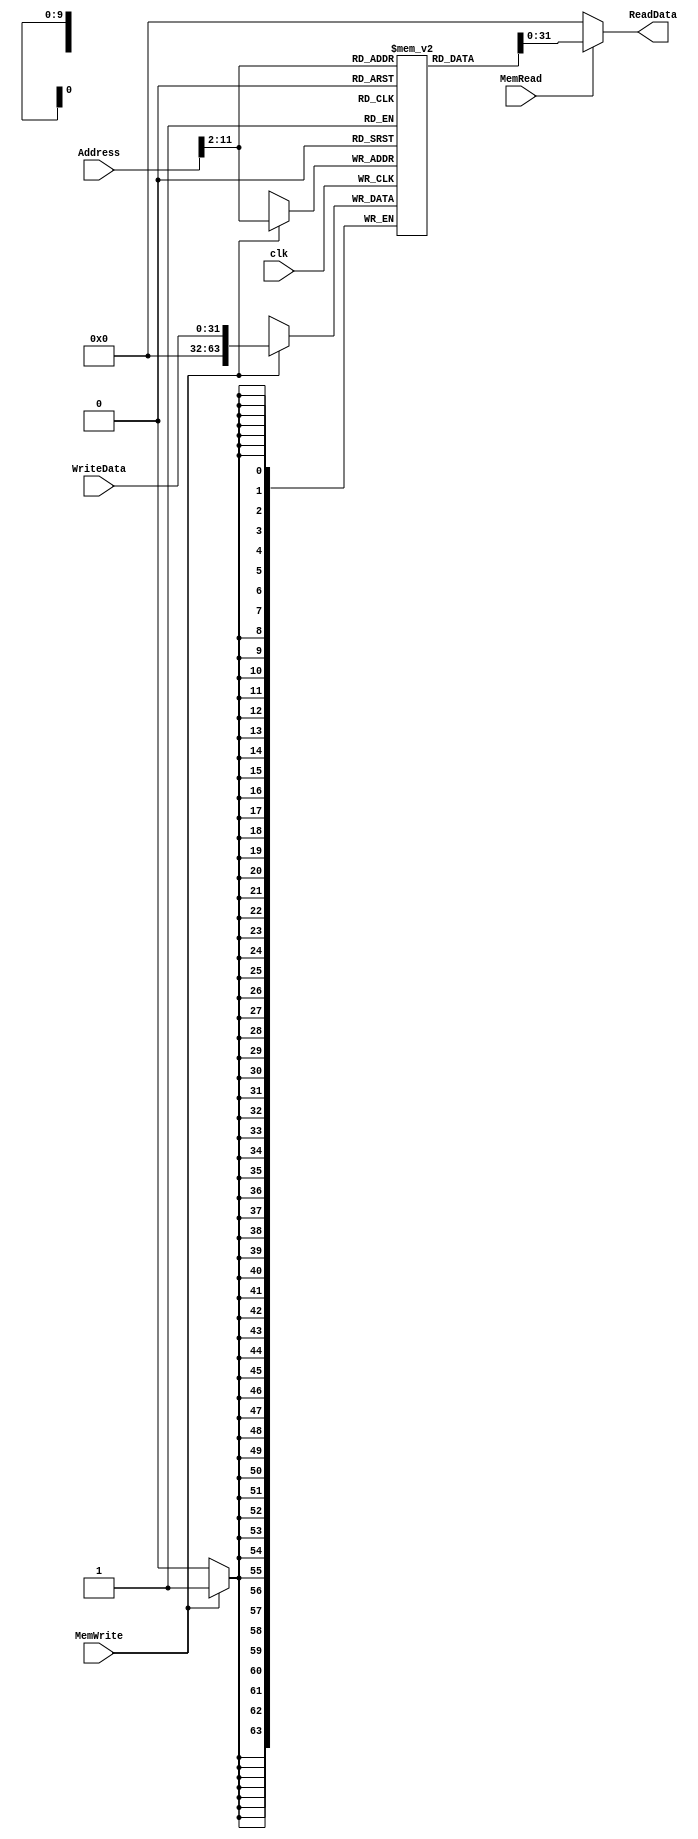
`timescale 1ns / 1ps

////////////////////////////////////////////////////////////////////////////////
// ECE369 - Computer Architecture
// 
// Module - data_memory.v
// Description - 32-Bit wide data memory.
//
// INPUTS:-
// Address: 32-Bit address input port.
// WriteData: 32-Bit input port.
// Clk: 1-Bit Input clock signal.
// MemWrite: 1-Bit control signal for memory write.
// MemRead: 1-Bit control signal for memory read.
//
// OUTPUTS:-
// ReadData: 32-Bit registered output port.
//
// FUNCTIONALITY:-
// Design the above memory similar to the 'RegisterFile' model in the previous 
// assignment.  Create a 1K memory, for which we need 10 bits.  In order to 
// implement byte addressing, we will use bits Address[11:2] to index the 
// memory location. The 'WriteData' value is written into the address 
// corresponding to Address[11:2] in the positive clock edge if 'MemWrite' 
// signal is 1. 'ReadData' is the value of memory location Address[11:2] if 
// 'MemRead' is 1, otherwise, it is 0x00000000. The reading of memory is not 
// clocked.
//
// you need to declare a 2d array. in this case we need an array of 1024 (1K)  
// 32-bit elements for the memory.   
// for example,  to declare an array of 256 32-bit elements, declaration is: reg[31:0] memory[0:255]
// if i continue with the same declaration, we need 8 bits to index to one of 256 elements. 
// however , address port for the data memory is 32 bits. from those 32 bits, least significant 2 
// bits help us index to one of the 4 bytes within a single word. therefore we only need bits [9-2] 
// of the "Address" input to index any of the 256 words. 
////////////////////////////////////////////////////////////////////////////////

module DataMemory(clk, Address, WriteData, MemWrite, MemRead, ReadData); 
    
    input clk;
    input [63:0] Address; 	// Input Address 
    input [31:0] WriteData; // Data that needs to be written into the address 
    input MemWrite; 		// Control signal for memory write 
    input MemRead; 			// Control signal for memory read 

    output reg[31:0] ReadData; // Contents of memory location at Address

    /* Please fill in the implementation here */
    reg[63:0] Memory[0:1023];
    
    always @(posedge clk) begin
        if(MemWrite == 1)   begin
            Memory[Address[11:2]] <= WriteData;
        end          
    end        
    
    always @(MemRead or Address)   begin
        if(MemRead == 1) begin
            ReadData <= Memory[Address[11:2]];
        end
        else
            ReadData <= 0;
    end    

endmodule